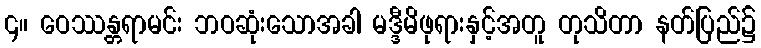
၄။ ဝေဿန္တရာမင်း ဘဝဆုံးသောအခါ မဒ္ဒီမိဖုရားနှင့်အတူ တုသိတာ နတ်ပြည်၌